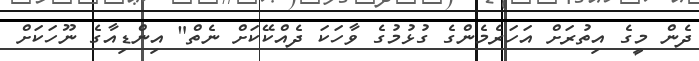
ދެން މީގެ އިތުރަށް އަހަރެމެންގެ ގުޅުމުގެ ވާހަކަ ދެއްކޭކަށް ނެތް" އިންޑިއާގެ ނޫހަކަށް